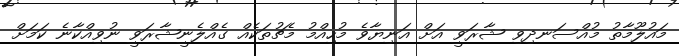
މައުލޫމާތު މުއްސަނދިވި ޝާރަވީ އަށް އަނިޔާވެ މުހިއްމު މެޗުތަކެއް ގެއްލެނީޝާރަވީ ނުވިއްކާނެ ކަމަށް